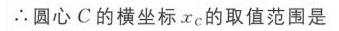
\(\therefore\)圆心 \(C\) 的横坐标 \(x_{C}\) 的取值范围是